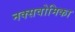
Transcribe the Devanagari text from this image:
नक्सवोमिका